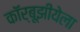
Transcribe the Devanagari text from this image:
कॉर्बूझीयेला